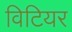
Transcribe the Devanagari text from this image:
विटियर